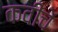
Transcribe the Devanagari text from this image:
कवीचें